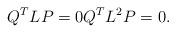
LaTeX: \begin{align*} Q^T L P = 0 Q^T L^2 P = 0. \end{align*}